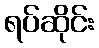
ရပ်ဆိုင်း